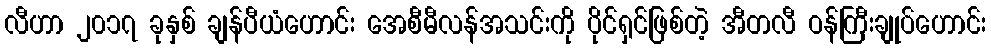
လီဟာ ၂၀၁၇ ခုနှစ် ချန်ပီယံဟောင်း အေစီမီလန်အသင်းကို ပိုင်ရှင်ဖြစ်တဲ့ အီတလီ ဝန်ကြီးချုပ်ဟောင်း